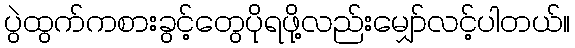
ပွဲထွက်ကစားခွင့်တွေပိုရဖို့လည်းမျှော်လင့်ပါတယ်။